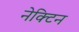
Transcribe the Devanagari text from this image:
नेक्टिन